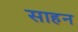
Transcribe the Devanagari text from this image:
साहन